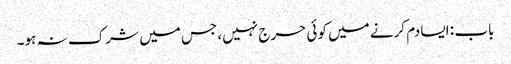
باب : ایسا دم کرنے میں کوئی حرج نہیں، جس میں شرک نہ ہو۔